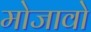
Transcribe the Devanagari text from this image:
मोजावो